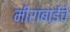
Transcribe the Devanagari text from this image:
मीराबाईंचे